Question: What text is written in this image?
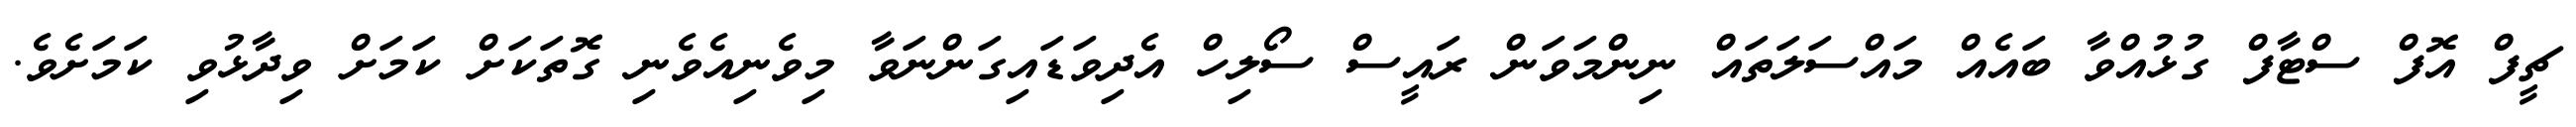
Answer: ޗީފް އޮފް ސްޓާފް ގުޅުއްވާ ބައެއް މައްސަލަތައް ނިންމަވަން ރައީސް ސޯލިހް އެދިވަޑައިގަންނަވާ މިވެނިއެވެނި ގޮތަކަށް ކަމަށް ވިދާޅުވި ކަމަށެވެ.